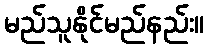
မည်သူနိုင်မည်နည်း။